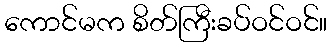
ကောင်မက စိတ်ကြီးခပ်ဝင်ဝင်။